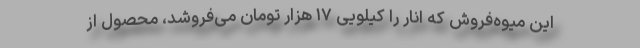
این میوه‌فروش که انار را کیلویی ۱۷ هزار تومان می‌فروشد، محصول از